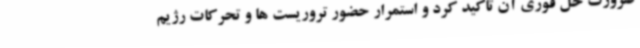
ضرورت حل فوری آن تاکید کرد و استمرار حضور تروریست ها و تحرکات رژیم